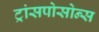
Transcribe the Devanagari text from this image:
ट्रांसपोसोन्स